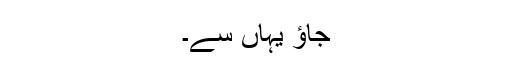
جاؤ یہاں سے۔